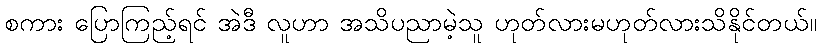
စကား ပြောကြည့်ရင် အဲဒီ လူဟာ အသိပညာမဲ့သူ ဟုတ်လားမဟုတ်လားသိနိုင်တယ်။